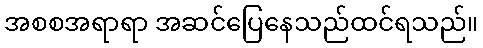
အစစအရာရာ အဆင်ပြေနေသည်ထင်ရသည်။